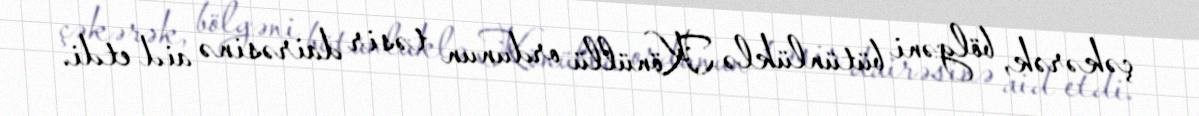
çəkərək, bölgəni bütünlüklə Könüllü ordunun təsir dairəsinə aid etdi.